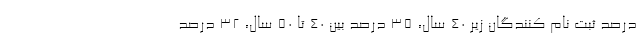
درصد ثبت نام کنندگان زیر ۴۰ سال، ۳۵ درصد بین ۴۰ تا ۵۰ سال، ۳۲ درصد